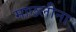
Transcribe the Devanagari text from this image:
माछलीना